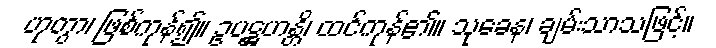
ဟုတွာ၊ ဖြစ်ကုန်၍။ ဥပဋ္ဌဟန္တိ၊ ထင်ကုန်၏။ သုခေန၊ ချမ်းသာသဖြင့်။